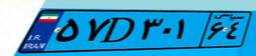
۷۱D۸۰۰۲۱